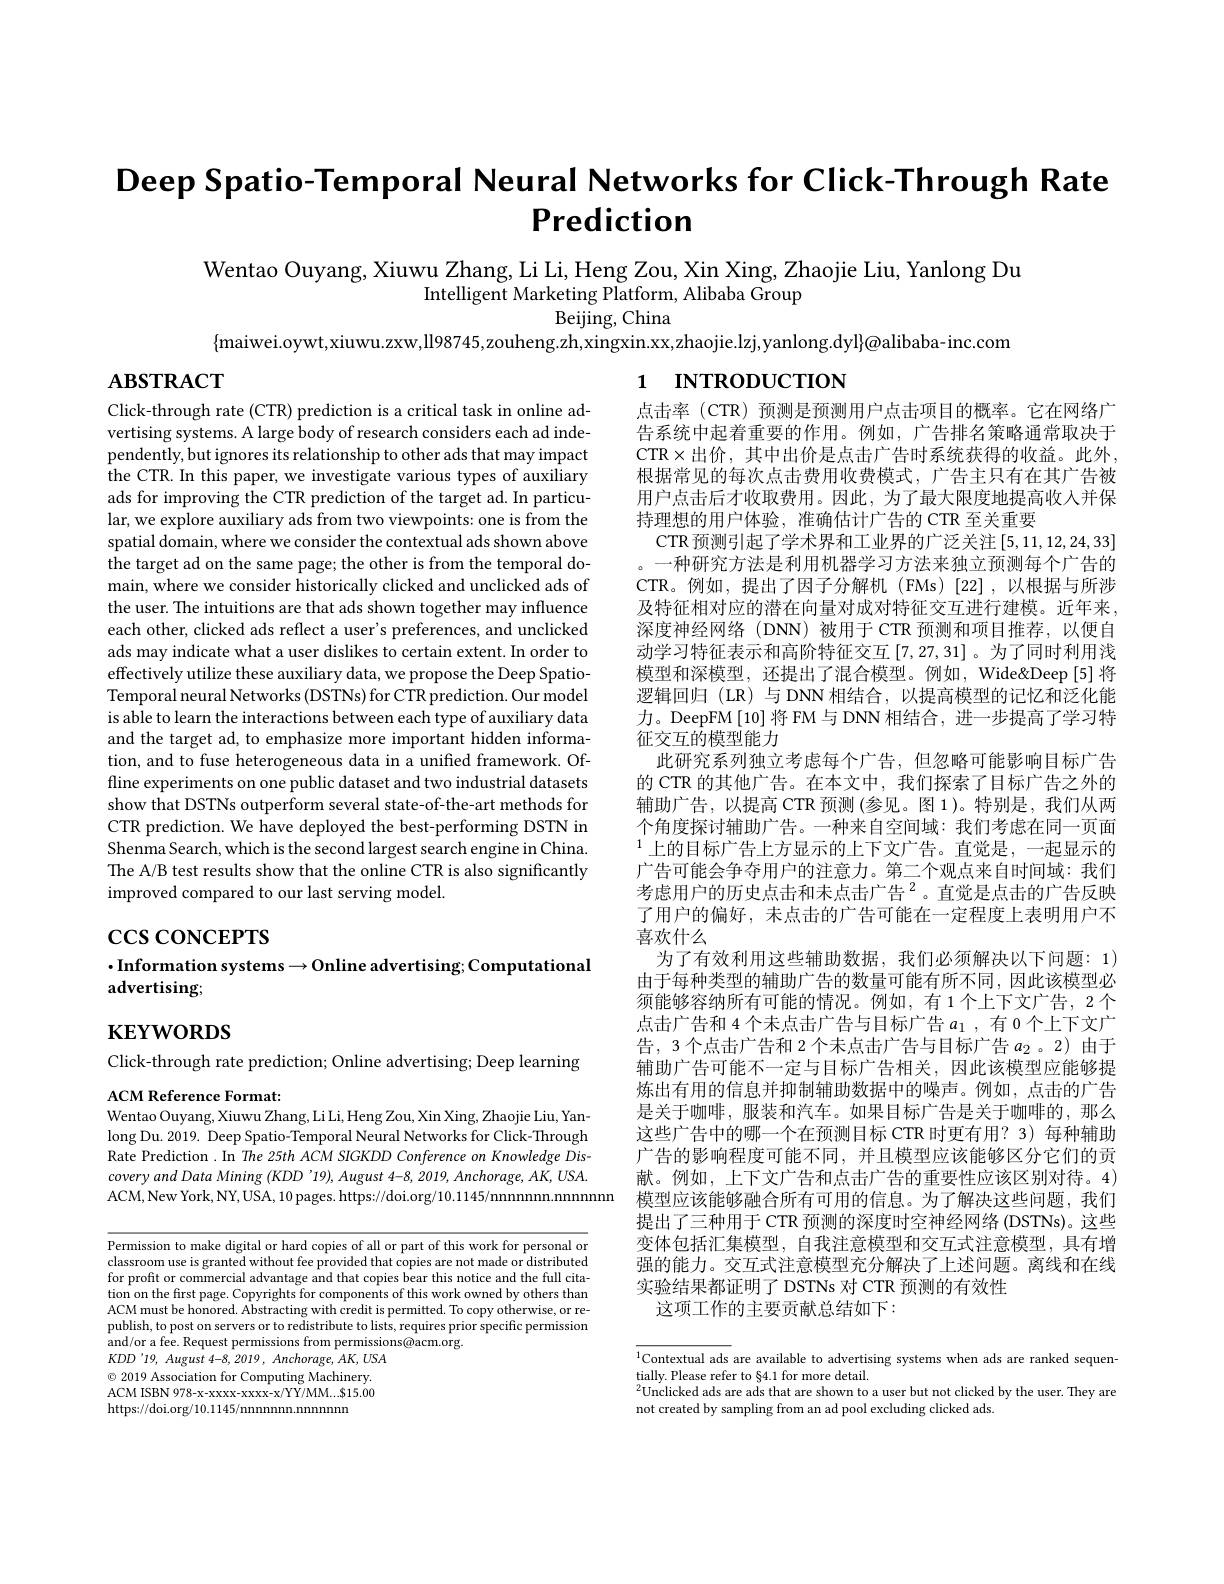
# Deep Spatio-Temporal Neural Networks for Click-Through Rate $\textbf{Prediction}$

Wentao Ouyang, Xiuwu Zhang, Li Li, Heng Zou, Xin Xing, Zhaojie Liu, Yanlong Du
Intelligent Marketing Platform, Alibaba Group
Beijing, China
$\{$maiwei.oywt,xiuwu.zxw,ll98745,zouheng.zh,xingxin.xx,zhaojie.lzj,yanlong.dyl}@{}alibaba-inc.com

$\mathbf{ABSTRACT}$

# 1 INTRODUCTION

Click-through rate (CTR) prediction is a critical task in online advertising systems. A large body of research considers each ad independently, but ignores its relationship to other ads that may impact the CTR. In this paper, we investigate various types of auxiliary ads for improving the CTR prediction of the target ad. In particular, we explore auxiliary ads from two viewpoints: one is from the spatial domain, where we consider the contextual ads shown above the target ad on the same page; the other is from the temporal domain, where we consider historically clicked and unclicked ads of the user. The intuitions are that ads shown together may influence each other, clicked ads reflect a user's preferences, and unclicked ads may indicate what a user dislikes to certain extent. In order to effectively utilize these auxiliary data, we propose the Deep SpatioTemporal neural Networks (DSTNs) for CTR prediction. Our model is able to learn the interactions between each type of auxiliary data and the target ad, to emphasize more important hidden information, and to fuse heterogeneous data in a unified framework. Offline experiments on one public dataset and two industrial datasets show that DSTNs outperform several state-of-the-art methods for CTR prediction. We have deployed the best-performing DSTN in Shenma Search, which is the second largest search engine in China. The A/B test results show that the online CTR is also significantly improved compared to our last serving model.

点击率(CTR)预测是预测用户点击项目的概率。它在网络广告系统中起着重要的作用。例如，广告排名策略通常取决于CTR$\times$出价，其中出价是点击广告时系统获得的收益。此外， 根据常见的每次点击费用收费模式，广告主只有在其广告被用户点击后才收取费用。因此，为了最大限度地提高收入并保持理想的用户体验，准确估计广告的 CTR 至关重要
CTR 预测引起了学术界和工业界的广泛关注[5,11,12,24,33] 。一种研究方法是利用机器学习方法来独立预测每个广告的CTR。例如，提出了因子分解机(FMs)[22],以根据与所涉及特征相对应的潜在向量对成对特征交互进行建模。近年来， 深度神经网络(DNN)被用于 CTR 预测和项目推荐，以便自动学习特征表示和高阶特征交互[7,27,31]。为了同时利用浅模型和深模型，还提出了混合模型。例如，Wide&Deep[5]将逻辑回归(LR)与DNN相结合，以提高模型的记忆和泛化能力。DeepFM[10]将 FM与 DNN 相结合，进一步提高了学习特征交互的模型能力
此研究系列独立考虑每个广告，但忽略可能影响目标广告的 CTR 的其他广告。在本文中，我们探索了目标广告之外的辅助广告，以提高 CTR 预测 (参见。图 1)。特别是，我们从两个角度探讨辅助广告。一种来自空间域：我们考虑在同一页面$^{1}$上的目标广告上方显示的上下文广告。直觉是，一起显示的广告可能会争夺用户的注意力。第二个观点来自时间域：我们考虑用户的历史点击和末点击广告$^{2}$。直觉是点击的广告反映了用户的偏好，未点击的广告可能在一定程度上表明用户不喜欢什么
为了有效利用这些辅助数据，我们必须解决以下问题：1) 由于每种类型的辅助广告的数量可能有所不同，因此该模型必须能够容纳所有可能的情况。例如，有1个上下文广告，2个点击广告和 4 个未点击广告与目标广告$a_1$,有 0 个上下文广告，3个点击广告和 2 个未点击广告与目标广告$a_2$。2) 由于辅助广告可能不一定与目标广告相关，因此该模型应能够提炼出有用的信息并抑制辅助数据中的噪声。例如，点击的广告是关于咖啡，服装和汽车。如果目标广告是关于咖啡的，那么这些广告中的哪一个在预测目标 CTR 时更有用？3) 每种辅助广告的影响程度可能不同，并且模型应该能够区分它们的贡献。例如，上下文广告和点击广告的重要性应该区别对待。4) 模型应该能够融合所有可用的信息。为了解决这些问题，我们提出了三种用于 CTR 预测的深度时空神经网络 (DSTNs)。这些变体包括汇集模型，自我注意模型和交互式注意模型，具有增强的能力。交互式注意模型充分解决了上述问题。离线和在线实验结果都证明了 DSTNs 对 CTR 预测的有效性
这项工作的主要贡献总结如下：

$\csc\cos$coNCEPTS

# $\cdot$Information systems$\to$Online advertising; Computational advertising;

$\mathbf{KEYWORDS}$

Click-through rate prediction; Online advertising; Deep learning
ACM Reference Format:

Wentao Ouyang, Xiuwu Zhang, Li Li, Heng Zou, Xin Xing, Zhaojie Liu, Yan-

long Du. 2019. Deep Spatio-Temporal Neural Networks for Click-Through Rate Prediction. In The 25th ACM SIGKDD Conference on Knowledge Discovery and Data Mining $(KDD’19),August$ 4-8, 2019, Anchorage, AK, USA. ACM,New York, NY, USA, 10 pages. https://doi.org/10.1145/nnnnnnn. nnnnnnn

Permission to make digital or hard copies of all or part of this work for personal or classroom use is granted without fee provided that copies are not made or distributed for profit or commercial advantage and that copies bear this notice and the full citation on the first page. Copyrights for components of this work owned by others than ACM must be honored. Abstracting with credit is permitted. To copy otherwise, or republish, to post on servers or to redistribute to lists, requires prior specific permission and/or a fee. Request permissions from permissions@acm.org.
$KDD^{\prime }19$, August 4-8, 2019, $Anchorage$, $AK$, $USA$ $\odot$ 2019 Association for Computing Machinery. ACM ISBN 978-x-xxxx-xxxx-x/YY/MM...$15.00 https://doi.org/10.1145/nnnnnn.nnnnnn

$\overline{^1\text{Contextual ads}}$ are available to advertising systems when ads are ranked sequen-
$\underset{n}{\operatorname*{\text{tially. Please refer to §4.1 for more detail.}}}$
$^{2}$Unclicked ads are ads that are shown to a user but not clicked by the user. They are
not created by sampling from an ad pool excluding clicked ads.